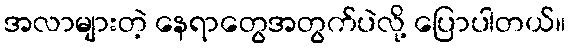
အလာများတဲ့ နေရာတွေအတွက်ပဲလို့ ပြောပါတယ်။